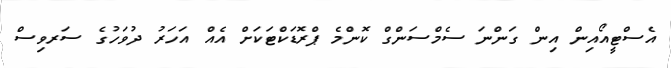
އެސްޓީއޯއިން އިން ގަންނަ ސެމްސަންގް ކޮންމެ ޕްރޮޑަކްޓަކަށް އެއް އަހަރު ދުވަހުގެ ސަރވިސް